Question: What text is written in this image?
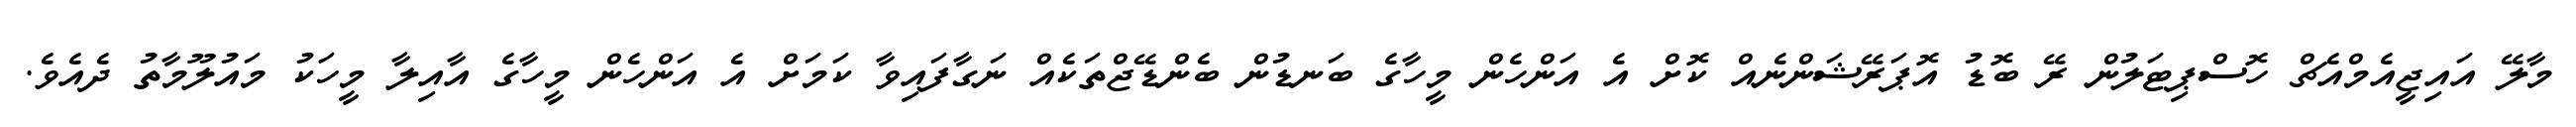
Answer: މާލޭ އައިޖީއެމްއެޗް ހޮސްޕިޓަލުން ރޭ ބޮޑު އޮޕަރޭޝަންނެއް ކޮށް އެ އަންހެން މީހާގެ ބަނޑުން ބެންޑޭޖްތަކެއް ނަގާފައިވާ ކަމަށް އެ އަންހެން މީހާގެ އާއިލާ މީހަކު މައުލޫމާތު ދެއެވެ.